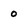
Character: 0